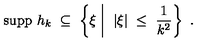
\mathrm { s u p p } \ h _ { k } \ \subseteq \ \left\{ \xi \biggm | \ | \xi | \ \leq \ \frac { 1 } { k ^ { 2 } } \right\} \ .